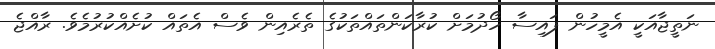
ނަތީޖާއަކީ އެމީހުން ފައިސާ ހޯދުމަށް ކުރާކަންތައްތަކުގެ ތެރެއިން ވެސް އެތައް ކުށެއްކުރުމެވެ. ރާއްޖެ